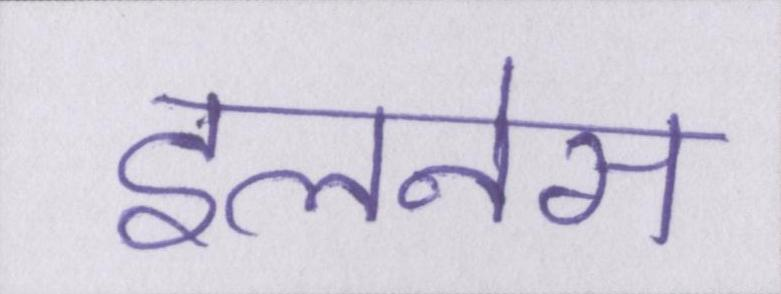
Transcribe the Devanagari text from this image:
इलनेस